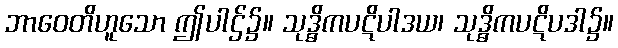
ဘာဝေတိဟူသော ဤပါဌ်၌။ သုဒ္ဓိကပဋိပါဒယ၊ သုဒ္ဓိကပဋိပဒါ၌။